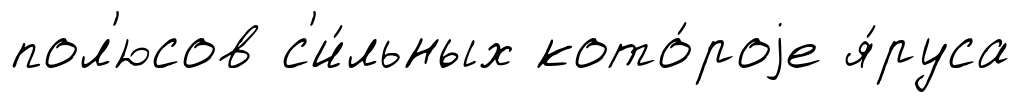
пол'юсов с'и́льных кото́роjе я́руса